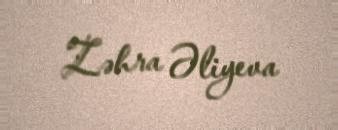
Zəhra Əliyeva